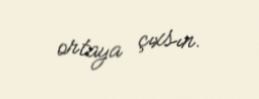
ortaya çıxsın.